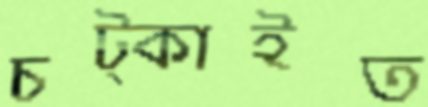
চট্‌কাইত